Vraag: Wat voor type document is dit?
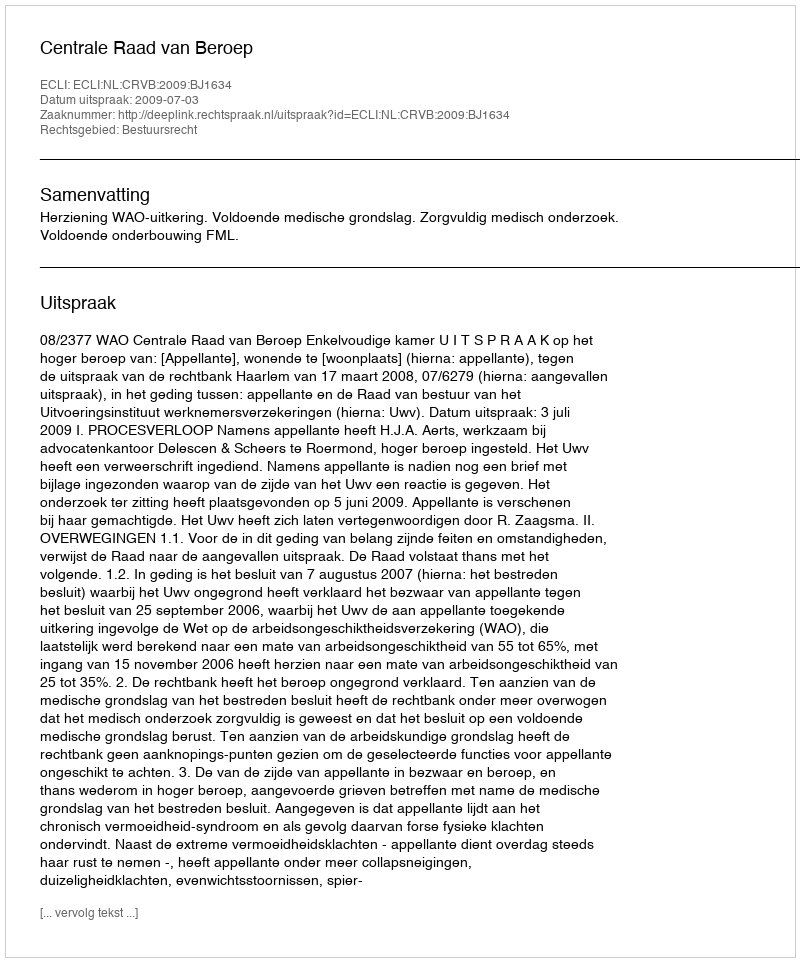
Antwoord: Uitspraak